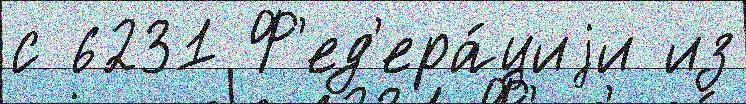
с 6231 Ф'ед'ера́циjи из